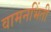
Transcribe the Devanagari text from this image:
वामनभिंती